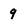
Character: 9